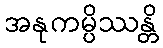
အနုကမ္ပိဿန္တိ